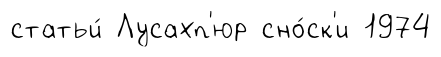
статьи́ Лусахп'юр сно́ск'и 1974